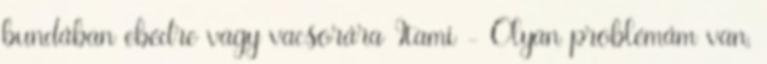
bundában ebédre vagy vacsorára Itami - Olyan problémám van,